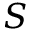
S